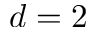
d = 2